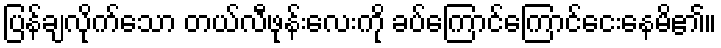
ပြန်ချလိုက်သော တယ်လီဖုန်းလေးကို ခပ်ကြောင်ကြောင်ငေးနေမိ၏။